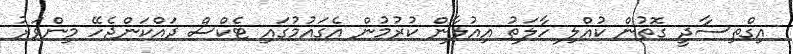
އިގްތިސާދީ ގޮތުން ކުއްލި ހާލަތު އިއުލާން ކުރުމުން އެގައުމުގައި ޓެކްސް ދައްކަންޖެހޭ މިންވަރު